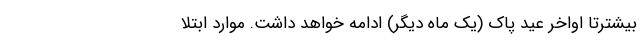
بیشترتا اواخر عید پاک (یک ماه دیگر) ادامه خواهد داشت. موارد ابتلا